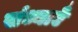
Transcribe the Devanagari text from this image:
संध्याएँ